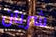
شريان